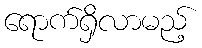
ရောက်ရှိလာမည့်